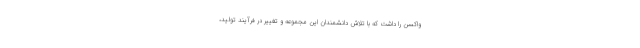
واکسن را داشت که با تلاش دانشمندان این مجموعه و تغییر در فرآیند تولید،